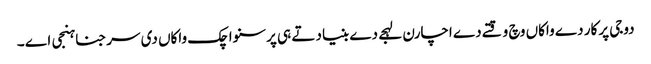
دوجی پرکار دے واکاں وچ وقتے دے اچارن لہجے دے بنیاد تے ہی پرسنواچک واکاں دی سرجنا ہنجی اے ۔